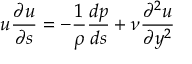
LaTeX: u { \frac { \partial u } { \partial s } } = - { \frac { 1 } { \rho } } { \frac { d p } { d s } } + { \nu } { \frac { \partial ^ { 2 } u } { \partial y ^ { 2 } } }